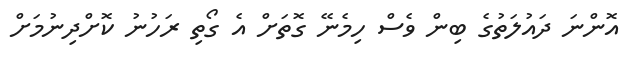
އޮންނަ ދައުލަތުގެ ބިން ވެސް ހިމެނޭ ގޮތަށް އެ ގޯތި ރަހުނު ކޮށްދިނުމަށް